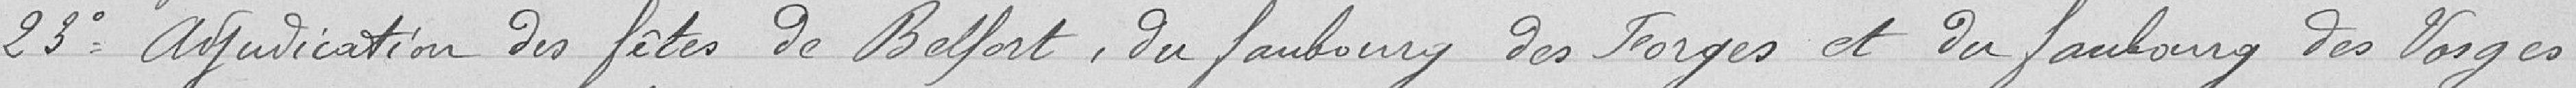
23° Adjudication des fêtes de Belfort, du faubourg des Forges et du faubourg des Vosges.